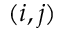
( i , j )